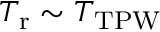
T _ { \mathrm { r } } \sim T _ { \mathrm { T P W } }